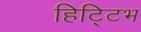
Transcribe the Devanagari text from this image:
हिट्टिभ